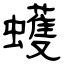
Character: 蠖